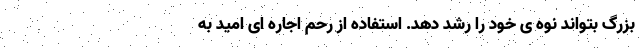
بزرگ بتواند نوه ی خود را رشد دهد. استفاده از رحم اجاره ای امید به